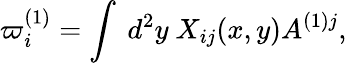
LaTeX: \varpi_{i}^{(1)}=\int\ d^{2}y\ X_{ij}(x,y)A^{(1)j},